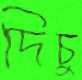
দিচু